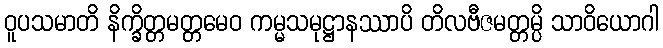
ဝူပသမာတိ နိက္ခိတ္တမတ္တမေဝ ကမ္မသမုဋ္ဌာနဿာပိ တိလဗီဇမတ္တမ္ပိ သာဝိယောဂါ